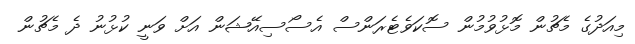
މިއަދުގެ މެޗުން މޮޅުވުމުން ސޮކަވެޓެރަންސް އެސޯސިއޭޝަން އަށް ވަނީ ކުޅުނު ދެ މެޗުން